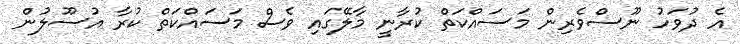
އެ ދުވަހު ނޫސްވެރިން މަސައްކަތް ކުރާނީ މާލޭގައި ވެސް މަސައްކަތް ކުރާ އުސޫލުން